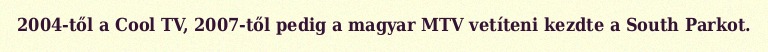
2004-től a Cool TV, 2007-től pedig a magyar MTV vetíteni kezdte a South Parkot.